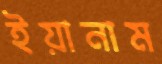
ইয়ানাম